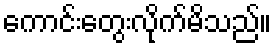
ကောင်းတွေးလိုက်မိသည်။